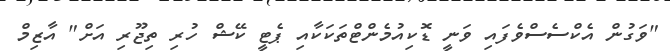
"ވަގުން އެކްސެސްވެފައި ވަނީ ޑޮކިއުމެންޓްތަކަކާއި ޕެޓީ ކޭޝް ހުރި ތިޖޫރި އަށް" އާޒިމް